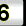
Digit: 6